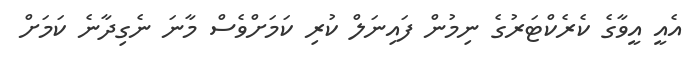
އެއީ އީވާގެ ކެރެކްޓަރުގެ ނިމުން ފައިނަލް ކުރި ކަމަށްވެސް މާނަ ނެގިދާނެ ކަމަށް